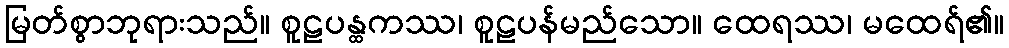
မြတ်စွာဘုရားသည်။ စူဠပန္ထကဿ၊ စူဠပန်မည်သော။ ထေရဿ၊ မထေရ်၏။